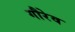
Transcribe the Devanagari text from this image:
गौरेव